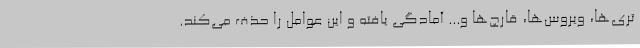
تری‌ها، ویروس‌ها، قارچ‌ها و... آمادگی یافته و این عوامل را حذف می‌کند.